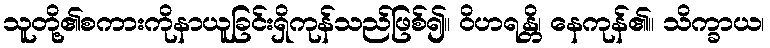
သူတို့၏စကားကိုနာယူခြင်းရှိကုန်သည်ဖြစ်၍။ ဝိဟရန္တိ၊ နေကုန်၏။ သိက္ခာယ၊